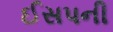
ઈસપની